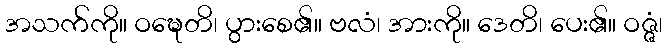
အသက်ကို။ ဝဍ္ဎေတိ၊ ပွားစေ၏။ ဗလံ၊ အားကို။ ဒေတိ၊ ပေး၏။ ဝဇ္ဇံ၊